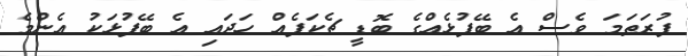
ފުރަތަމަ ވެސް އެ ބޭފުޅެއްގެ ބޮޑީ ޗެކަޕެއް ހަދައި އެ ބޭފުޅަކު އެންމެ